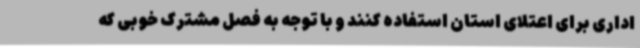
اداری برای اعتلای استان استفاده کنند و با توجه به فصل مشترک خوبی که